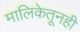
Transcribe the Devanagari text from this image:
मालिकेतूनही